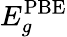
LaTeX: E_{g}^{\mathrm{PBE}}